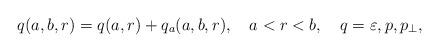
LaTeX: \begin{align*}q(a,b,r)=q(a,r)+q_{a}(a,b,r),\quad a<r<b,\quad q=\varepsilon,p,p_{\perp }, \end{align*}